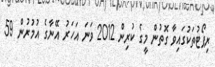
ރިޕޯޓުތަކުގައިވާ ގޮތުން މީގެ ކުރިން 2012 ވަނަ އަހަރު އޭނާގެ އުމުރުން 59